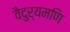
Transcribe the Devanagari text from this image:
वैदुर्यमणि